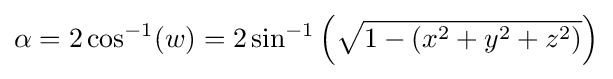
\alpha =2\cos ^{-1}(w)=2\sin ^{-1}\left({\sqrt {1-(x^{2}+y^{2}+z^{2})}}\right)